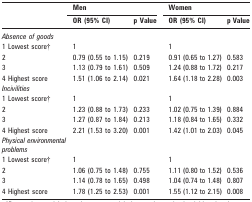
<table><thead><tr><td rowspan="2"></td><td colspan="2"><b>Men</b></td><td colspan="2"><b>Women</b></td></tr><tr><td><b>OR (95% CI)</b></td><td><b>p Value</b></td><td><b>OR (95% CI)</b></td><td><b>p Value</b></td></tr></thead><tbody><tr><td><i>Absence of goods</i></td><td></td><td></td><td></td><td></td></tr><tr><td>1 Lowest score†</td><td>1</td><td></td><td>1</td><td></td></tr><tr><td>2</td><td>0.79 (0.55 to 1.15)</td><td>0.219</td><td>0.91 (0.65 to 1.27)</td><td>0.583</td></tr><tr><td>3</td><td>1.13 (0.79 to 1.61)</td><td>0.509</td><td>1.24 (0.88 to 1.72)</td><td>0.217</td></tr><tr><td>4 Highest score</td><td>1.51 (1.06 to 2.14)</td><td>0.021</td><td>1.64 (1.18 to 2.28)</td><td>0.003</td></tr><tr><td><i>Incivilities</i></td><td></td><td></td><td></td><td></td></tr><tr><td>1 Lowest score†</td><td>1</td><td></td><td>1</td><td></td></tr><tr><td>2</td><td>1.23 (0.88 to 1.73)</td><td>0.233</td><td>1.02 (0.75 to 1.39)</td><td>0.884</td></tr><tr><td>3</td><td>1.27 (0.87 to 1.84)</td><td>0.213</td><td>1.18 (0.84 to 1.65)</td><td>0.332</td></tr><tr><td>4 Highest score</td><td>2.21 (1.53 to 3.20)</td><td>0.001</td><td>1.42 (1.01 to 2.03)</td><td>0.045</td></tr><tr><td><i>Physical environmental problems</i></td><td></td><td></td><td></td><td></td></tr><tr><td>1 Lowest score†</td><td>1</td><td></td><td>1</td><td></td></tr><tr><td>2</td><td>1.06 (0.75 to 1.48)</td><td>0.755</td><td>1.11 (0.80 to 1.52)</td><td>0.536</td></tr><tr><td>3</td><td>1.14 (0.78 to 1.65)</td><td>0.498</td><td>1.04 (0.74 to 1.48)</td><td>0.807</td></tr><tr><td>4 Highest score</td><td>1.78 (1.25 to 2.53)</td><td>0.001</td><td>1.55 (1.12 to 2.15)</td><td>0.008</td></tr></tbody></table>